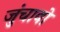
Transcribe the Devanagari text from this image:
जुंचावो